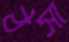
ঠসা